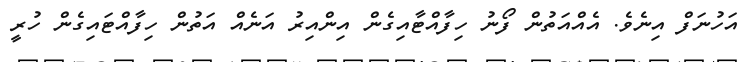
އަހުނަފް އިނެވެ. އެއްއަތުން ފޯނު ހިފާއްޓާއިގެން އިންއިރު އަނެއް އަތުން ހިފާއްޓައިގެން ހުރީ